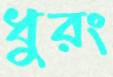
ধুরং